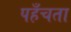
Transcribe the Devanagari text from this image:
पहँचता